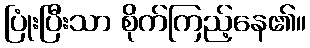
ပြုံးပြီးသာ စိုက်ကြည့်နေ၏။